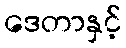
ဒေတာနှင့်